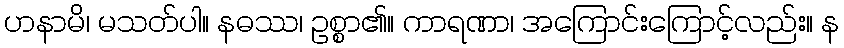
ဟနာမိ၊ မသတ်ပါ။ နဓဿ၊ ဥစ္စာ၏။ ကာရဏာ၊ အကြောင်းကြောင့်လည်း။ န